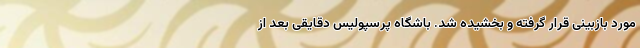
مورد بازبینی قرار گرفته و بخشیده شد. باشگاه پرسپولیس دقایقی بعد از